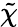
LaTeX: \tilde{\chi}